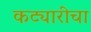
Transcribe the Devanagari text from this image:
कट्यारीचा